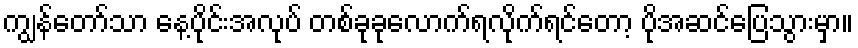
ကျွန်တော်သာ နေ့ပိုင်းအလုပ် တစ်ခုခုလောက်ရလိုက်ရင်တော့ ပိုအဆင်ပြေသွားမှာ။